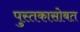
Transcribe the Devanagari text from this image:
पुस्तकासोबत